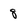
Character: 8